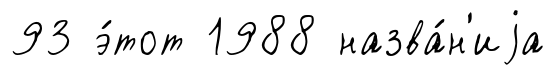
93 э́тот 1988 назва́н'иjа